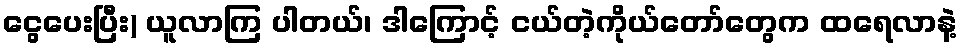
ငွေပေးပြီး) ယူလာကြ ပါတယ်၊ ဒါကြောင့် ငယ်တဲ့ကိုယ်တော်တွေက ထရေလာနဲ့